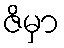
ဇိမှာ